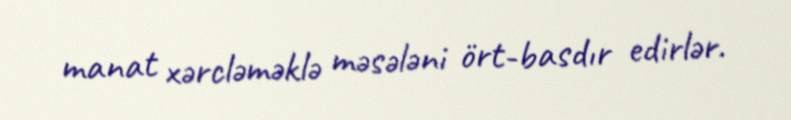
manat xərcləməklə məsələni ört-basdır edirlər.